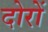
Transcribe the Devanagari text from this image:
दोरों